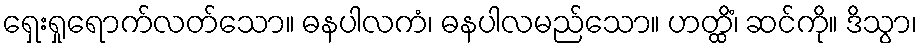
ရှေးရှုရောက်လတ်သော။ ဓနပါလကံ၊ ဓနပါလမည်သော။ ဟတ္ထိံ၊ ဆင်ကို။ ဒိသွာ၊